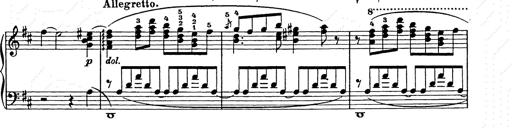
Title: Ballade No.2
Composer: Jan Skrzydlewski
Key: B minor